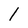
Character: 1